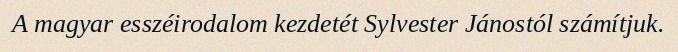
A magyar esszéirodalom kezdetét Sylvester Jánostól számítjuk.